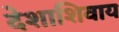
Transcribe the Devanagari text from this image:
देशाशिवाय